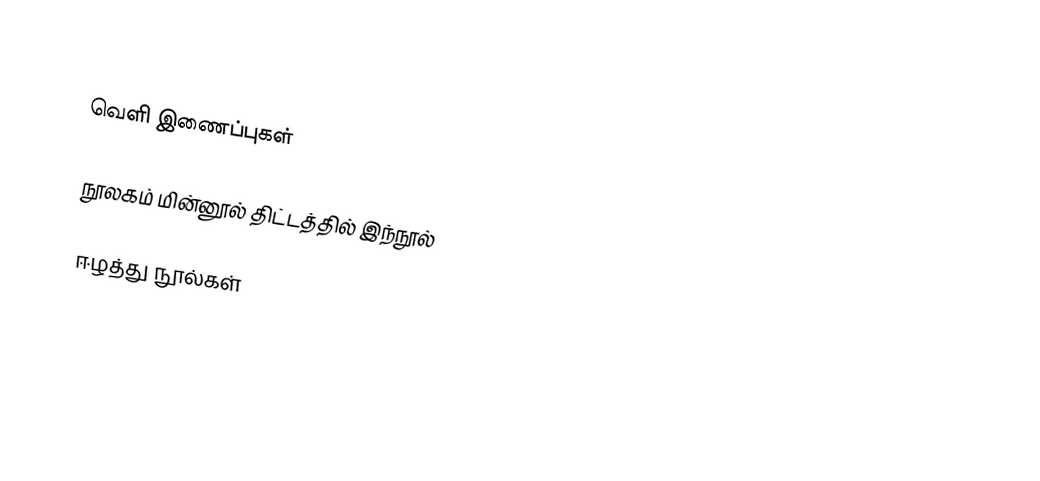

வெளி இணைப்புகள்

நூலகம் மின்னூல் திட்டத்தில் இந்நூல்

ஈழத்து நூல்கள்